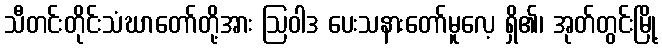
သီတင်းတိုင်းသံဃာတော်တို့အား ဩဝါဒ ပေးသနားတော်မူလေ့ ရှိ၏၊ အုတ်တွင်းမြို့